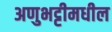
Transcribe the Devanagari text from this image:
अणुभट्टीमधील